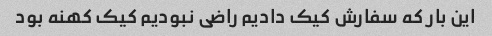
این بار که سفارش کیک دادیم راضی نبودیم کیک کهنه بود